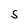
Character: S